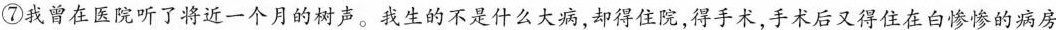
⑦我曾在医院听了将近一个月的树声。我生的不是什么大病，却得住院，得手术，手术后又得住在白惨惨的病房